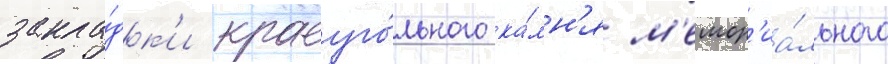
закла́дк'и краеуго́льного ка́мн'я м'емор'иа́льного